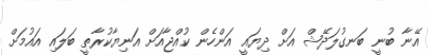
އޭނާ ބުނީ ބަނގުލަދޭޝް އަށް ދިޔައީ އަންހެން ކުއްޖާއަށް އަނިޔާކުރާތީ ބަލައި އައުމަށް